65_HS1-834228961_62-HQ-83894_Section_7
Agency: FBI
Page 77
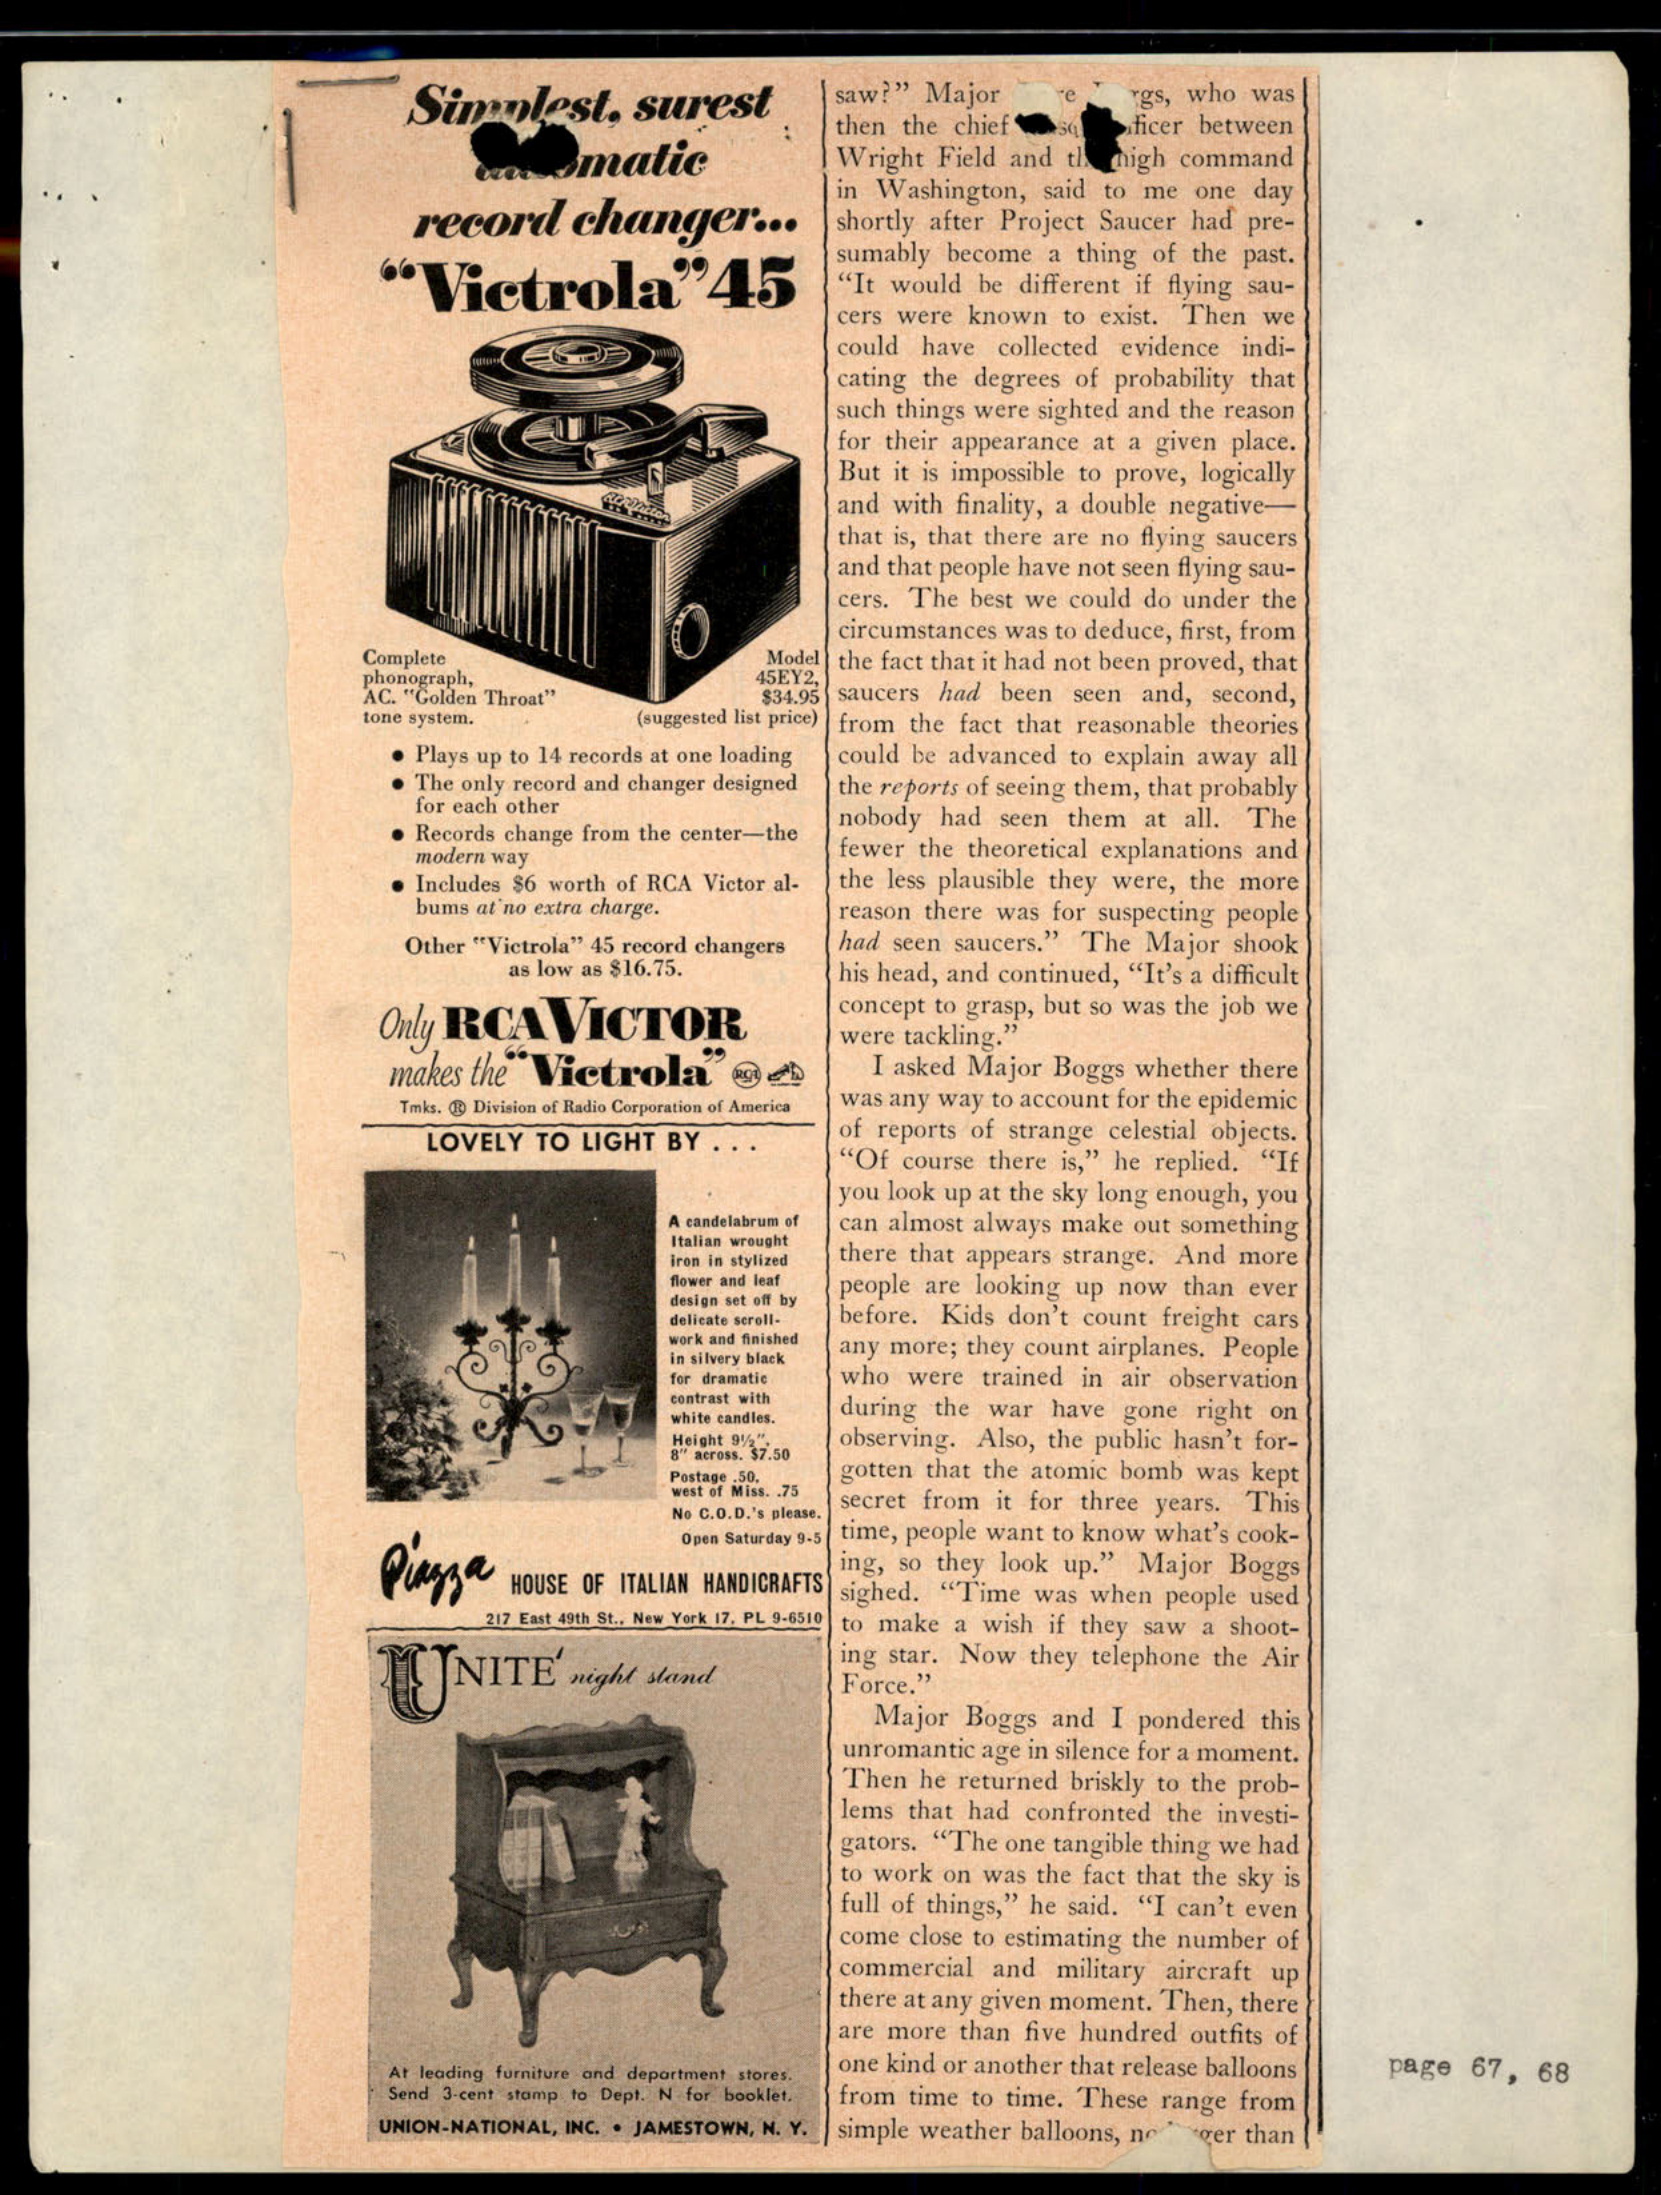